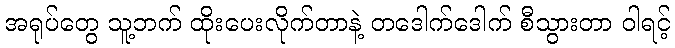
အရုပ်တွေ သူ့ဘက် ထိုးပေးလိုက်တာနဲ့ တဒေါက်ဒေါက် စီသွားတာ ဝါရင့်